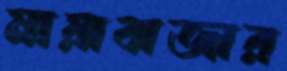
মায়াবাজার